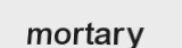
mortary